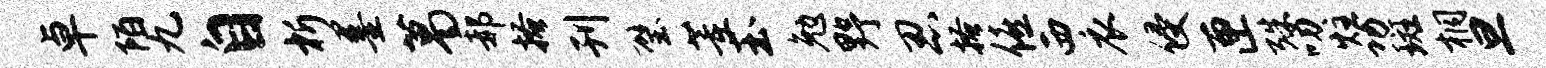
卓陌九自析墨葛郝搔刊璧董玉勉野忍搔僖西衣侵匣殊叨炷功斑桐旦